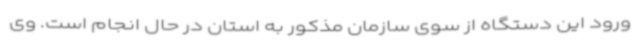
ورود این دستگاه از سوی سازمان مذکور به استان در حال انجام است. وی